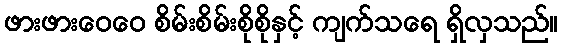
ဖားဖားဝေဝေ စိမ်းစိမ်းစိုစိုနှင့် ကျက်သရေ ရှိလှသည်။